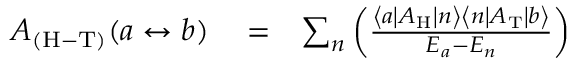
\begin{array} { r l r } { A _ { \mathrm { ( H - T ) } } ( a \leftrightarrow b ) } & { { } = } & { \sum _ { n } \left( \frac { \left\langle a \left| A _ { \mathrm { H } } \right| { n } \right\rangle \left\langle { n } \left| A _ { \mathrm { T } } \right| b \right\rangle } { E _ { a } - E _ { n } } \right) } \end{array}